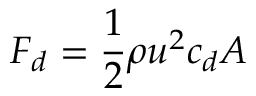
F _ { d } = { \frac { 1 } { 2 } } \rho u ^ { 2 } c _ { d } A